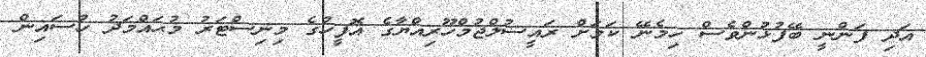
އަދި ފަންނީ ބޭފުޅުންވެސް ހިމެނޭ ކަމަށް ރައީސުލްޖުމްހޫރިއްޔާގެ އޮފީހުގެ މިނިސްޓަރު މުޙައްމަދު ހުސައިން